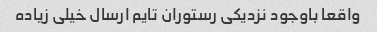
واقعا باوجود نزدیکی رستوران تایم ارسال خیلی زیاده